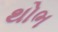
થોભ